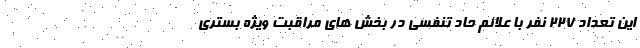
این تعداد ۲۲۷ نفر با علائم حاد تنفسی در بخش های مراقبت ویژه بستری